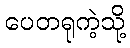
ပေတရုကဲ့သို့